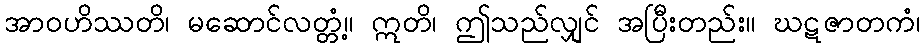
အာဝဟိဿတိ၊ မဆောင်လတ္တံ့။ ဣတိ၊ ဤသည်လျှင် အပြီးတည်း။ ဃဋဇာတကံ၊